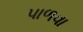
પાળવા